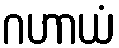
ဂဟာယံ